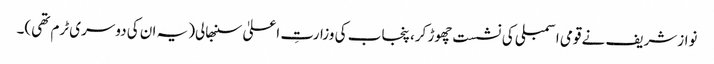
نوازشریف نے قومی اسمبلی کی نشست چھوڑ کر، پنجاب کی وزارتِ اعلیٰ سنبھالی(یہ ان کی دوسری ٹرم تھی)۔